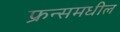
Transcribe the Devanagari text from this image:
फ्रन्समधील